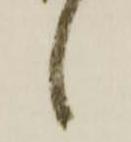
候